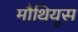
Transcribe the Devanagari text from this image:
मौथियूस